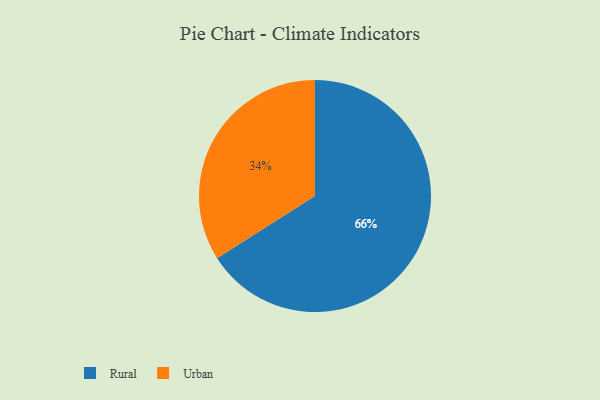
{"axis": {"x": "Category", "y": "Percentage"}, "legend": ["Rural", "Urban"], "data": [{"x": "Urban", "y": 34, "type": "Urban"}, {"x": "Rural", "y": 66, "type": "Rural"}]}